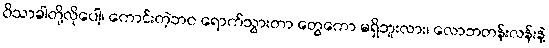
ဝိသာခါတို့လိုပေါ့၊ ကောင်းတဲ့ဘဝ ရောက်သွားတာ တွေကော မရှိဘူးလား၊ လောဘတန်းလန်းနဲ့